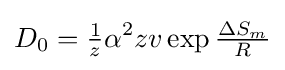
D_{0}={\tfrac {1}{z}}\alpha ^{2}zv\exp {\tfrac {\Delta S_{m}}{R}}